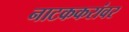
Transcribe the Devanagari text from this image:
नाटककरांवर